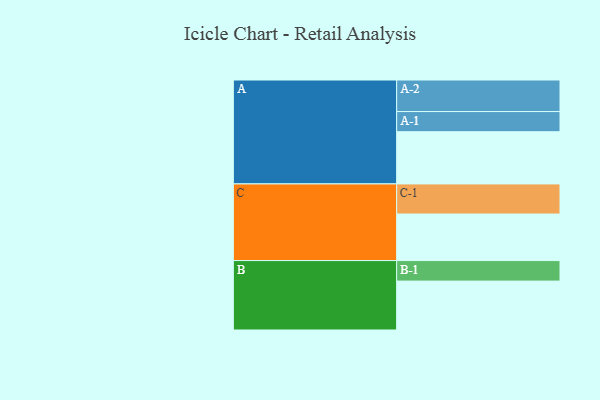
{"axis": {"x": "Segment", "y": "Value"}, "legend": ["", "A", "B", "C"], "data": [{"x": "A", "y": 463, "type": ""}, {"x": "B", "y": 434, "type": ""}, {"x": "C", "y": 413, "type": ""}, {"x": "A-1", "y": 179, "type": "A"}, {"x": "A-2", "y": 280, "type": "A"}, {"x": "B-1", "y": 182, "type": "B"}, {"x": "C-1", "y": 267, "type": "C"}]}